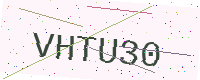
Text: VHTU30